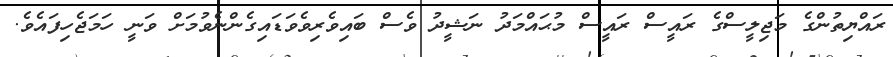
ރައްޔިތުންގެ މަޖިލީސްގެ ރައީސް ރައީސް މުޙައްމަދު ނަޝީދު ވެސް ބައިވެރިވެވަޑައިގެންނެވުމަށް ވަނީ ހަމަޖެހިފައެވެ.